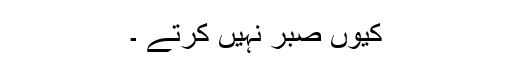
کیوں صبر نہیں کرتے ۔